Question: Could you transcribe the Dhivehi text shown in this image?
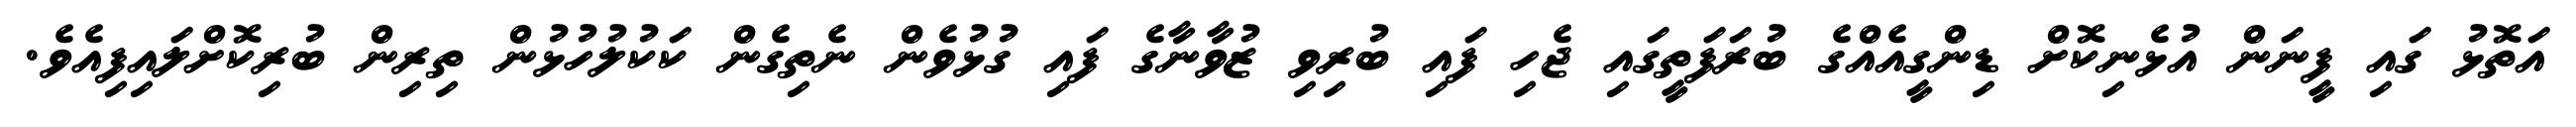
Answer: އަތޮޅު ގައި ފީނަން އުޅެނިކޮށް ޑިންގީއެއްގެ ބުރަފަތީގައި ޖެހި ފައި ބުރިވި ޒުވާނާގެ ފައި ގުޅުވެން ނެތިގެން ކަކުލުހުޅުން ތިރިން ބުރިކޮށްލައިފިއެވެ.